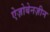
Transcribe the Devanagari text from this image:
ऐज़ोबेनज़ीन